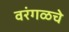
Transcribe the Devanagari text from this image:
वरंगळचे